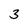
Character: 3